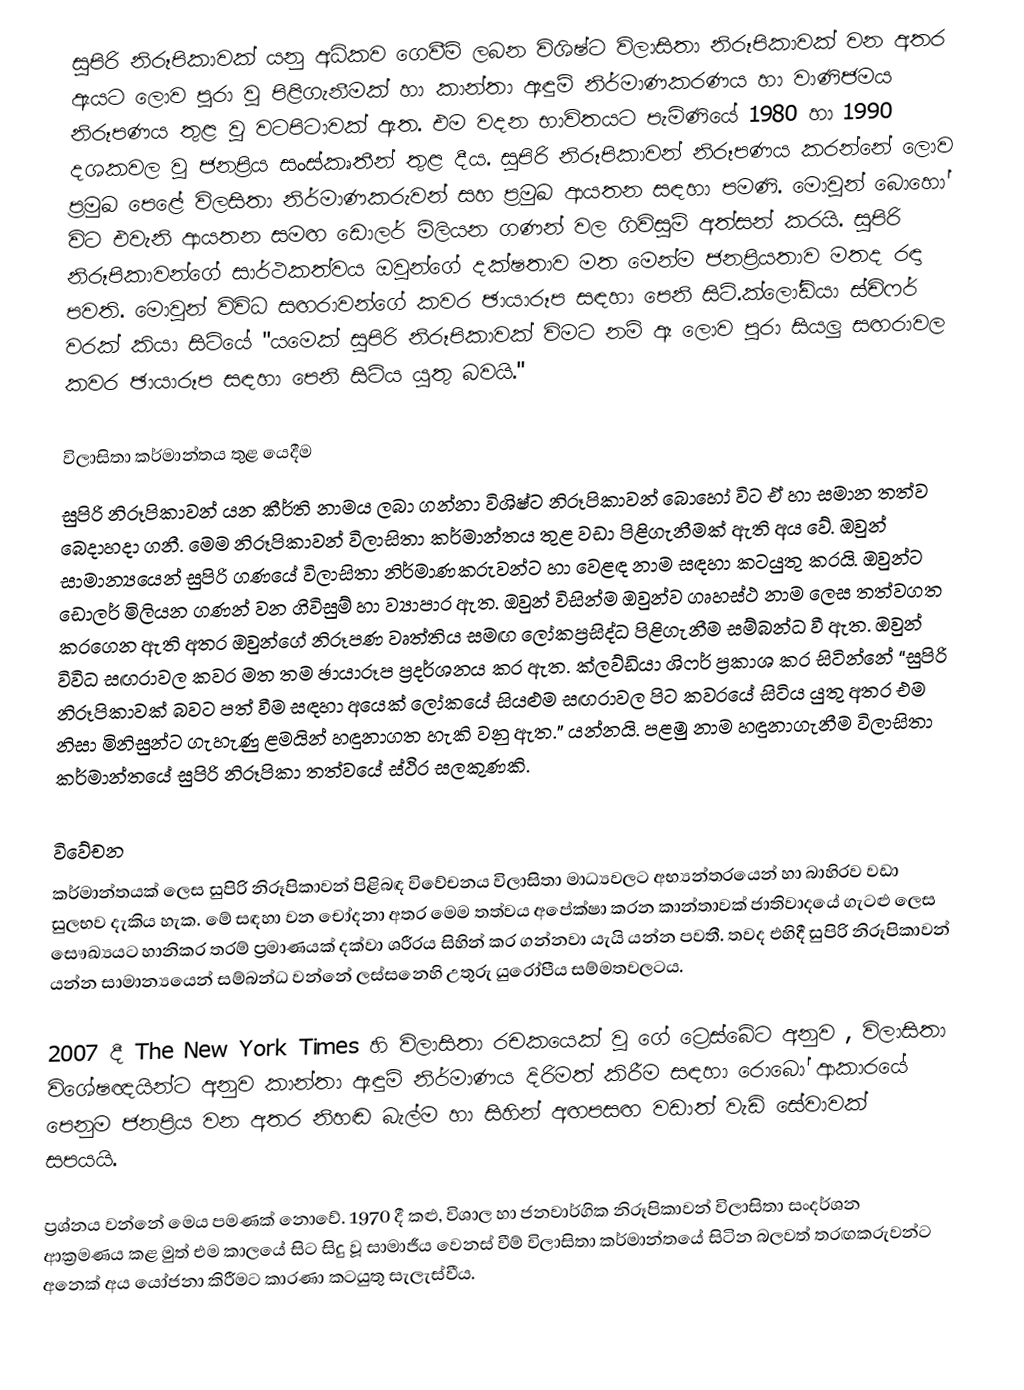
සුපිරි නිරූපිකාවක් යනු අධිකව ගෙවීම් ලබන විශිෂ්ට විලාසිතා නිරූපිකාවක් වන අතර ඇයට ලොව පුරා වූ පිළිගැනීමක් හා කාන්තා ඇඳුම් නිර්මාණකරණය හා වාණිජමය නිරූපණය තුළ වු වටපිටාවක් ඇත. එම වදන භාවිතයට පැමිණියේ 1980 හා 1990 දශකවල වූ ජනප්‍රිය සංස්කෘතීන් තුළ දීය. සුපිරි නිරූපිකාවන් නිරූපණය කරන්නේ ලොව ප්‍රමුඛ පෙළේ විලසිතා නිර්මාණකරුවන් සහ ප්‍රමුඛ ආයතන සඳහා පමණි. මොවුන් බොහෝ විට එවැනි ආයතන සමඟ ඩොලර් මිලියන ගණන් වල ගිවිසුම් අත්සන් කරයි. සුපිරි නිරූපිකාවන්ගේ සාර්ථකත්වය ඔවුන්ගේ දක්ෂතාව මත මෙන්ම ජනප්‍රියතාව මතද රඳා පවති. මොවුන් විවිධ සඟරාවන්ගේ කවර ඡායාරූප සඳහා පෙනි සිටි.ක්ලෝඩියා ස්චිෆර් වරක් කියා සිටියේ "යමෙක් සුපිරි නිරූපිකාවක් විමට නම් ඈ ලොව පුරා සියලු සඟරාවල කවර ඡායාරූප සඳහා පෙනි සිටිය යුතු බවයි."

විලාසිතා කර්මාන්තය තුළ යෙදීම
සුපිරි නිරූපිකාවන් යන කීර්ති නාමය ලබා ගන්නා විශිෂ්ට නිරූපිකාවන් බොහෝ විට ඒ හා සමාන තත්ව බෙදාහදා ගනී. මෙම නිරූපිකාවන් විලාසිතා කර්මාන්තය තුළ වඩා පිළිගැනීමක් ඇති අය වේ. ඔවුන් සාමාන්‍යයෙන් සුපිරි ගණයේ විලාසිතා නිර්මාණකරුවන්ට හා වෙළඳ නාම සඳහා කටයුතු කරයි. ඔවුන්ට ඩොලර් මිලියන ගණන් වන ගිවිසුම් හා ව්‍යාපාර ඇත. ඔවුන් විසින්ම ඔවුන්ව ගෘහස්ථ නාම ලෙස තත්වගත කරගෙන ඇති අතර ඔවුන්ගේ නිරූපණ වෘත්තිය සමඟ ලෝකප්‍රසිද්ධ පිළිගැනීම සම්බන්ධ වී ඇත. ඔවුන් විවිධ සඟරාවල කවර මත තම ඡායාරූප ප්‍රදර්ශනය කර ඇත. ක්ලව්ඩියා ශිෆර් ප්‍රකාශ කර සිටින්නේ “සුපිරි නිරූපිකාවක් බවට පත් වීම සඳහා අයෙක් ලෝකයේ සියළුම සඟරාවල පිට කවරයේ සිටිය යුතු අතර එම නිසා මිනිසුන්ට ගැහැණු ළමයින් හඳුනාගත හැකි වනු ඇත.” යන්නයි. පළමු නාම හඳුනාගැනීම විලාසිතා කර්මාන්තයේ සුපිරි නිරූපිකා තත්වයේ ස්ථිර සලකුණකි.

විවේචන
කර්මාන්තයක් ලෙස සුපිරි නිරූපිකාවන් පිළිබඳ විවේචනය විලාසිතා මාධ්‍යවලට අභ්‍යන්තරයෙන් හා බාහිරව වඩා සුලභව දැකිය හැක. මේ සඳහා වන ‍චෝදනා අතර මෙම තත්වය අපේක්ෂා කරන කාන්තාවක් ජාතිවාදයේ ගැටළු ලෙස සෞඛ්‍යයට හානිකර තරම් ප්‍රමාණයක් දක්වා ශරීරය සිහින් කර ගන්නවා යැයි යන්න පවතී. තවද එහිදී සුපිරි නිරූපිකාවන් යන්න සාමාන්‍යයෙන් සම්බන්ධ වන්නේ ලස්සනෙහි උතුරු යුරෝපීය සම්මතවලටය.

2007 දී The New York Times හි විලාසිතා රචකයෙක් වූ ගේ ‍ට්‍රෙස්බේට අනුව , විලාසිතා විශේෂඥයින්ට අනුව කාන්තා ඇඳුම් නිර්මාණය දිරිමත් කිරීම සඳහා රොබෝ ආකාරයේ පෙනුම ජනප්‍රිය වන අතර නිහඬ බැල්ම හා සිහින් අඟපසඟ වඩාත් වැඩි සේවාවක් සපයයි.

ප්‍රශ්නය වන්නේ මෙය පමණක් නොවේ. 1970 දී කළු, විශාල හා ජනවාර්ගික නිරූපිකාවන් විලාසිතා සංදර්ශන ආක්‍රමණය කළ මුත් එම කාලයේ සිට සිදු වූ සාමාජීය වෙනස් වීම් විලාසිතා කර්මාන්තයේ සිටින බලවත් තරඟකරුවන්ට අනෙක් අය යෝජනා කිරීමට කාරණා කටයුතු සැලැස්වීය.